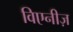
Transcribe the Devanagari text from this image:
विएनीज़